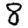
Digit: 8